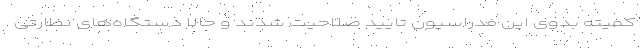
کمیته بدوی این فدراسیون تایید صلاحیت شدند و حالا دستگاه‌های نظارتی